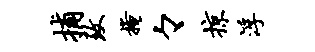
捕致掩々掠浮